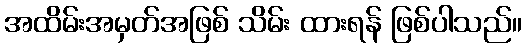
အထိမ်းအမှတ်အဖြစ် သိမ်း ထားရန် ဖြစ်ပါသည်။